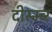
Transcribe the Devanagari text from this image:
दीस्म्ब्र्‍र